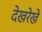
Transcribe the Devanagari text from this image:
देखरेखे